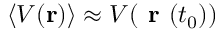
\langle V ( \mathbf { r } ) \rangle \approx V ( \textbf { r } ( t _ { 0 } ) )